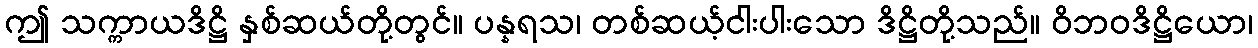
ဤ သက္ကာယဒိဋ္ဌိ နှစ်ဆယ်တို့တွင်။ ပန္နရသ၊ တစ်ဆယ့်ငါးပါးသော ဒိဋ္ဌိတို့သည်။ ဝိဘဝဒိဋ္ဌိယော၊